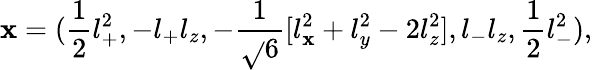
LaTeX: \mathbf{x}=(\frac{{1}}{{2}}l_{+}^{2},-l_{+}l_{z},-\frac{{1}}{{\sqrt{}{{6}}}}[l_{\mathbf{x}}^{2}+l_{y}^{2}-2l_{z}^{2}],l_{-}l_{z},\frac{{1}}{{2}}l_{-}^{2}),